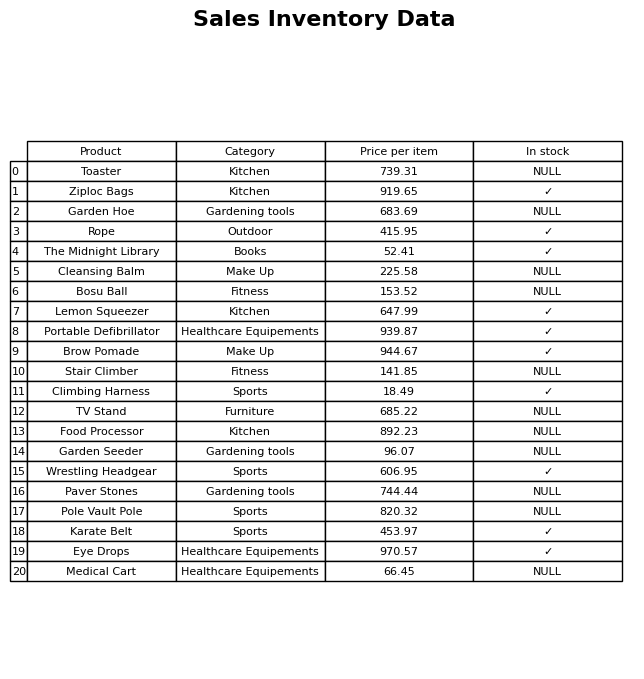
question: What is the price for Cleansing Balm?
answer: The price of Cleansing Balm is 225.58.